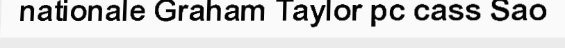
nationale Graham Taylor pc cass Sao